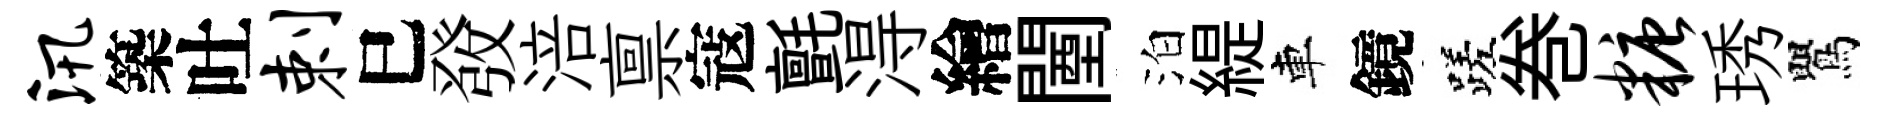
汛築吐剌巳𤼲涪禀寇氈淂繪闉泊緹車鏡蹉巻糖琇鸎